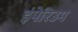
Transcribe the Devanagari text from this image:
इंपेरिउम